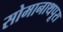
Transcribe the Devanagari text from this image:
सोमानाथपूरा